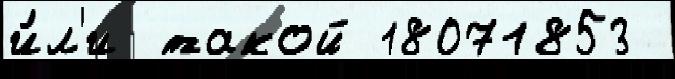
и́л'и такой 18071853